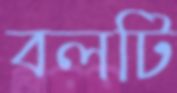
বলটি